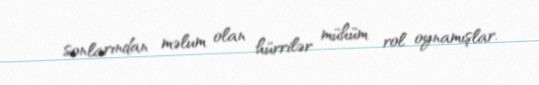
sonlarından məlum olan hürrilər mühüm rol oynamışlar.